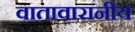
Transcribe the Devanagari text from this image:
वातावारानीय